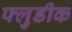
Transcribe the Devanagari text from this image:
फ्लुडीक